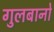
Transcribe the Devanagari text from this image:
गुलबानो